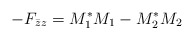
\begin{align*}-F_{\bar{z}z}=M^{\ast}_1M_1-M^{\ast}_2M_2\end{align*}